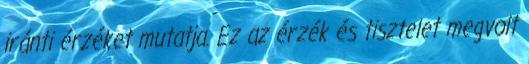
iránti érzéket mutatja. Ez az érzék és tisztelet megvolt